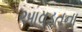
આવડતના